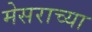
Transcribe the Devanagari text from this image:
मेसराच्या